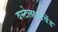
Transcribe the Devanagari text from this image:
वस्टेलाओवेंड